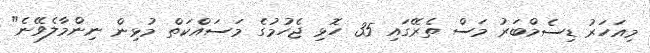
މިއަހަރު ޑިސެމްބަރު މަސް ތެރޭގައި 35 ހޮޅި ޖެހުމުގެ މަސައްކަތް މުޅިން ނިންމާލެވޭނެ"